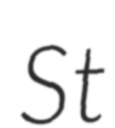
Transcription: St